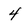
Character: 4